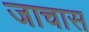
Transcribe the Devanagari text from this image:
जाचास